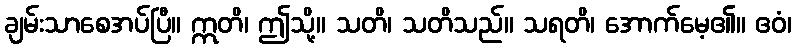
ချမ်းသာစေအပ်ပြီ။ ဣတိ၊ ဤသို့။ သတိ၊ သတိသည်။ သရတိ၊ အောက်မေ့၏။ ဧဝံ၊